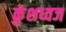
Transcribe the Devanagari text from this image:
कुंशध्वज